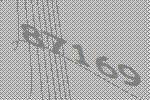
87169